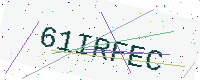
Text: 61IRFEC